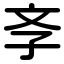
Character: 斈